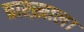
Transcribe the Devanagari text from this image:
त्रारख़ाल।